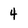
Character: 4